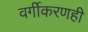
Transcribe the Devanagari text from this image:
वर्गीकरणही